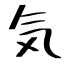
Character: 気